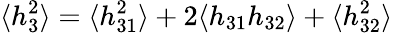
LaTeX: \langle h_{3}^{2}\rangle=\langle h_{31}^{2}\rangle+2\langle h_{31}h_{32}\rangle+\langle h_{32}^{2}\rangle